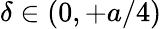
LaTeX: \delta\in(0,+a/4)